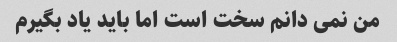
من نمی دانم سخت است اما باید یاد بگیرم